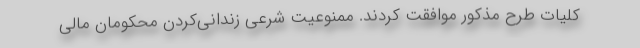
کلیات طرح مذکور موافقت کردند. ممنوعیت شرعی زندانی‌کردن محکومان مالی